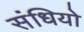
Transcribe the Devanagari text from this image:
संधियो